Vaccination Hyderabad 1872-1889 - 1872-1889
Year: 1872
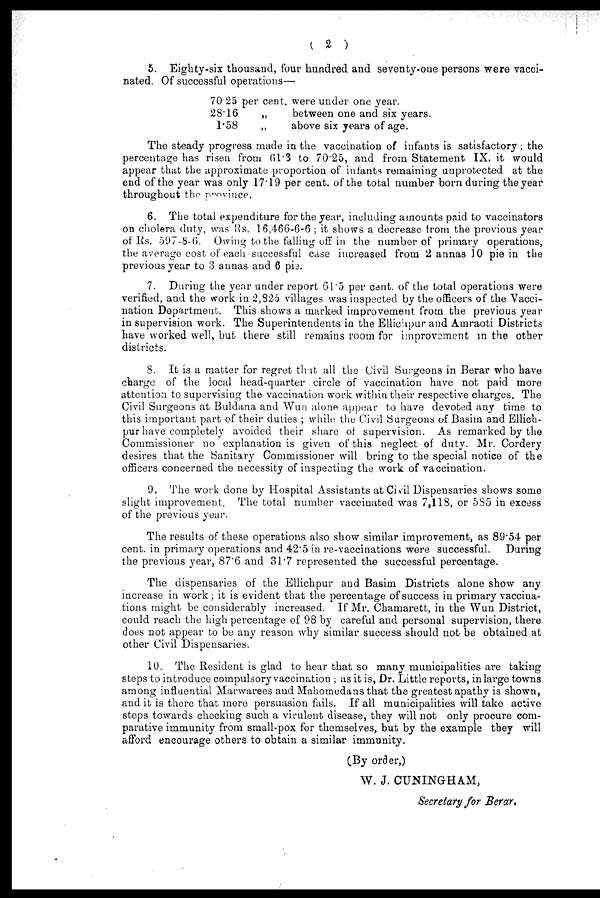
( 2 )
5. Eighty-six thousand, four hundred and seventy-one persons were vacci-
nated. Of successful operations—
70.25
28.16
1.58
per cent. were under one year.
„
between one and six years.
„
above six years of age.
The steady progress made in the vaccination of infants is satisfactory; the
percentage has risen from 61.3 to 70.25, and from Statement IX. it would
appear that the approximate proportion of infants remaining unprotected at the
end of the year was only 17.19 per cent. of the total number born during the year
throughout the province.
6. The total expenditure for the year, including amounts paid to vaccinators
on cholera duty, was Rs. 16,466-6-6 ; it shows a decrease from the previous year
of Rs. 597-8-6. Owing to the falling off in the number of primary operations,
the average cost of each successful case increased from 2 annas 10 pie in the
previous year to 3 annas and 6 pie.
7. During the year under report 61.5 per cent. of the total operations were
verified, and the work in 2,825 villages was inspected by the officers of the Vacci-
nation Department. This shows a marked improvement from the previous year
in supervision work. The Superintendents in the Ellichpur and Amraoti Districts
have worked well, but there still remains room for improvement in the other
districts.
8. It is a matter for regret that all the Civil Surgeons in Berar who have
charge of the local head-quarter circle of vaccination have not paid more
attention to supervising the vaccination work within their respective charges. The
Civil Surgeons at Buldana and Wun alone appear to have devoted any time to
this important part of their duties ; while the Civil Surgeons of Basim and Ellich-
pur have completely avoided their share of supervision. As remarked by the
Commissioner no explanation is given of this neglect of duty. Mr. Cordery
desires that the Sanitary Commissioner will bring to the special notice of the
officers concerned the necessity of inspecting the work of vaccination.
9. The work done by Hospital Assistants at Civil Dispensaries shows some
slight improvement. The total number vaccinated was 7,118, or 585 in excess
of the previous year.
The results of these operations also show similar improvement, as 89.54 per
cent. in primary operations and 42.5 in re-vaccinations were successful. During
the previous year, 87.6 and 31.7 represented the successful percentage.
The dispensaries of the Ellichpur and Basim Districts alone show any
increase in work; it is evident that the percentage of success in primary vaccina-
tions might be considerably increased. If Mr. Chamarett, in the Wun District,
could reach the high percentage of 98 by careful and personal supervision, there
does not appear to be any reason why similar success should not be obtained at
other Civil Dispensaries.
10. The Resident is glad to hear that so many municipalities are taking
steps to introduce compulsory vaccination ; as it is, Dr. Little reports, in large towns
among influential Marwarees and Mahomedans that the greatest apathy is shown,
and it is there that mere persuasion fails. If all municipalities will take active
steps towards checking such a virulent disease, they will not only procure com-
parative immunity from small-pox for themselves, but by the example they will
afford encourage others to obtain a similar immunity.
(By order,)
W. J. CUNINGHAM,
Secretary for Berar.